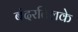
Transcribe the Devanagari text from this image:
बंदरतिलके